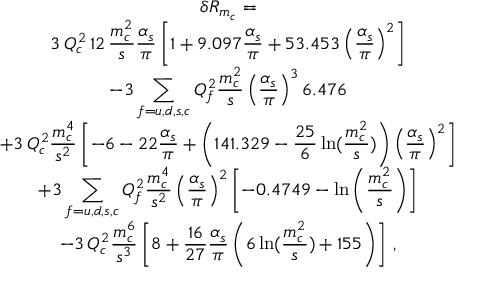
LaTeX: \begin{array} { c } { { \delta R _ { m _ { c } } = } } \\ { { \displaystyle 3 \, Q _ { c } ^ { 2 } \, 1 2 \, \frac { m _ { c } ^ { 2 } } { s } \frac { \alpha _ { s } } { \pi } \left[ 1 + 9 . 0 9 7 \frac { \alpha _ { s } } { \pi } + 5 3 . 4 5 3 \left( \frac { \alpha _ { s } } { \pi } \right) ^ { 2 } \right] } } \\ { { \displaystyle - 3 \sum _ { f = u , d , s , c } Q _ { f } ^ { 2 } \frac { m _ { c } ^ { 2 } } { s } \left( \frac { \alpha _ { s } } { \pi } \right) ^ { 3 } 6 . 4 7 6 } } \\ { { \displaystyle + 3 \, Q _ { c } ^ { 2 } \frac { m _ { c } ^ { 4 } } { s ^ { 2 } } \left[ - 6 - 2 2 \frac { \alpha _ { s } } { \pi } + \left( 1 4 1 . 3 2 9 - \frac { 2 5 } { 6 } \ln ( \frac { m _ { c } ^ { 2 } } { s } ) \right) \left( \frac { \alpha _ { s } } { \pi } \right) ^ { 2 } \right] } } \\ { { \displaystyle + 3 \sum _ { f = u , d , s , c } Q _ { f } ^ { 2 } \frac { m _ { c } ^ { 4 } } { s ^ { 2 } } \left( \frac { \alpha _ { s } } { \pi } \right) ^ { 2 } \left[ - 0 . 4 7 4 9 - \ln \left( \frac { m _ { c } ^ { 2 } } { s } \right) \right] } } \\ { { \displaystyle - 3 \, Q _ { c } ^ { 2 } \frac { m _ { c } ^ { 6 } } { s ^ { 3 } } \left[ 8 + \frac { 1 6 } { 2 7 } \frac { \alpha _ { s } } { \pi } \left( 6 \ln ( \frac { m _ { c } ^ { 2 } } { s } ) + 1 5 5 \right) \right] \, , } } \end{array}